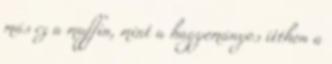
más ez a muffin, mint a hagyományos itthon a